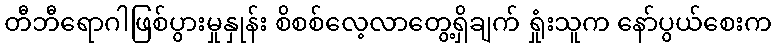
တီဘီရောဂါဖြစ်ပွားမှုနှုန်း စိစစ်လေ့လာတွေ့ရှိချက် ရှုံးသူက နော်ပွယ်စေးက